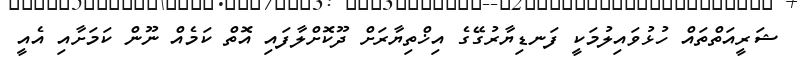
ޝަރީއަތްތައް ހުޅުވައިލުމަކީ ފަނޑިޔާރުގޭގެ އިޚްތިޔާރަށް ދޫކޮށްލާފައި އޮތް ކަމެއް ނޫން ކަމަށާއި އެއީ